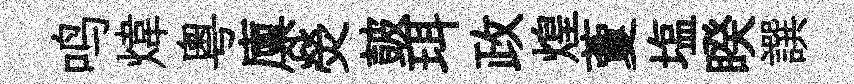
鸣煒粵廪熒皷珥政煌藑塩睽譔